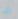
لك